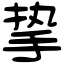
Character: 挚